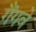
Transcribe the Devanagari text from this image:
गैंगवे